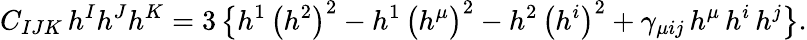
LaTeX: C_{IJK}\, h^{I}h^{J}h^{K}=3\left\{ h^{1}\, \big(h^{2}\big)^{2}-h^{1}\, \big(h^{\mu}\big)^{2}-h^{2}\, \big(h^{i}\big)^{2}+\gamma_{\mu ij}\, h^{\mu}\, h^{i}\, h^{j}\right\} .